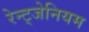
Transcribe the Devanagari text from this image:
रेन्ट्जेनियम